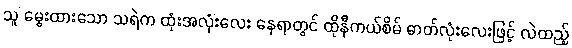
သူ မွေးထားသော သရဲက ထုံးအလုံးလေး နေရာတွင် ထိုနီကယ်စိမ် ဓာတ်လုံးလေးဖြင့် လဲထည့်